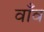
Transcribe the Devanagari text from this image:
वाँव